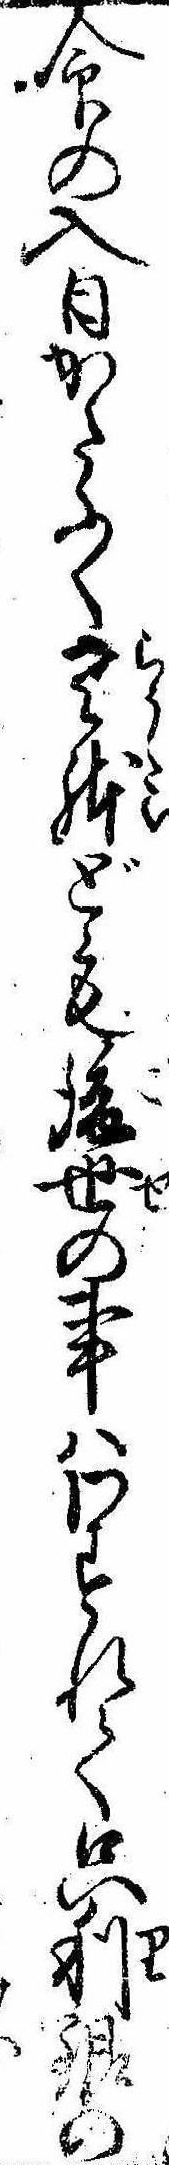
命の入日かたぶく老体ども後世の事はわすれて只利銀の